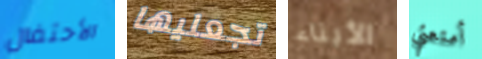
الأحتفال تجعليها الأبناء أمتعتي